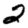
Digit: 2